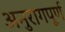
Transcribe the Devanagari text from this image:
अनुरागपूर्ण